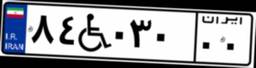
۸۴W۰۳۰۰۰